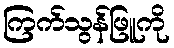
ကြက်သွန်ဖြူကို